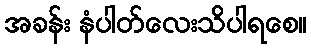
အခန်း နံပါတ်လေးသိပါရစေ။